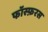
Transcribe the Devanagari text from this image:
फॉस्फ़रस